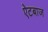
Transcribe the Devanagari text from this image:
ऐटबाज